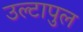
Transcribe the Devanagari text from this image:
उल्‍टापुल